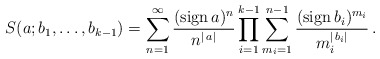
\begin{align*}S(a;b_1,\ldots,b_{k-1})=\sum_{n=1}^\infty\frac{({\rm sign}\,a)^{n}}{n^{|\,a|}}\prod_{i=1}^{k-1}\sum_{m_i=1}^{n-1}\frac{({\rm sign}\,b_i)^{m_i}}{m_i^{|\,b_i|}}\,.\end{align*}